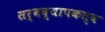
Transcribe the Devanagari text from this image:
सर्वव्यापकत्व